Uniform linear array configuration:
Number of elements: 8
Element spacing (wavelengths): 0.5
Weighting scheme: kaiser
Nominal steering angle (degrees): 0
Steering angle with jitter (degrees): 1.192
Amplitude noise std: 0.05
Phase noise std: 0.05

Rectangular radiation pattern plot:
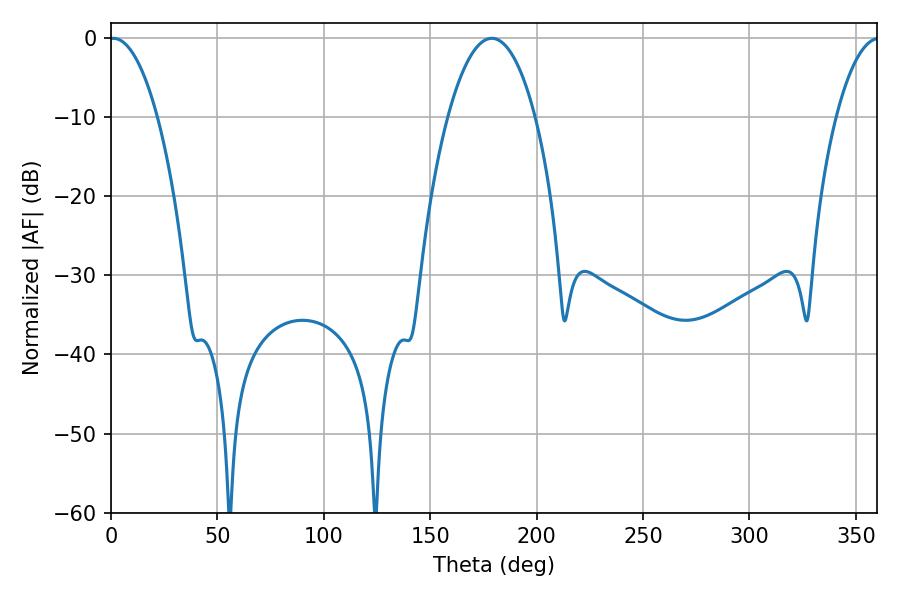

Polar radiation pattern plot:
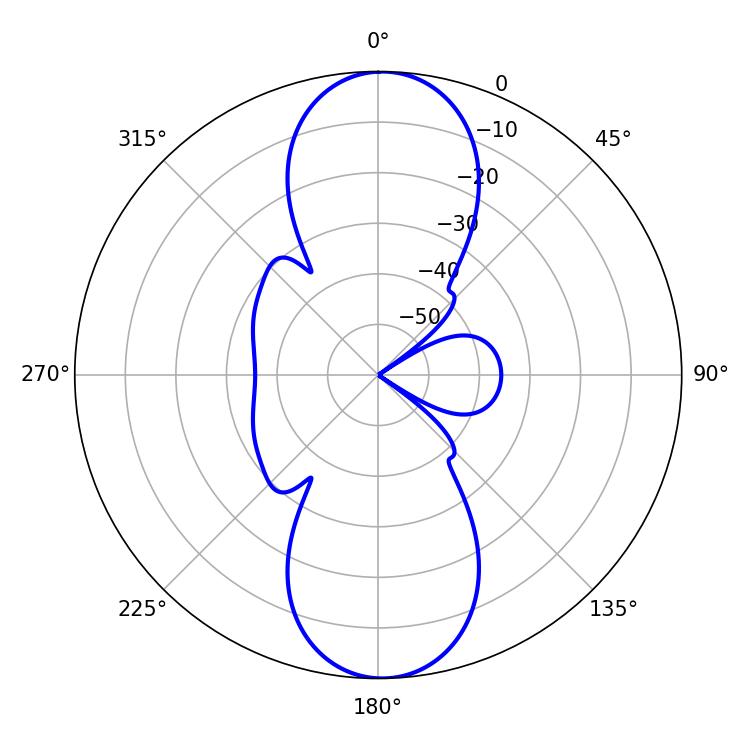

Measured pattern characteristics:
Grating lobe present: FALSE
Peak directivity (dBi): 20.793
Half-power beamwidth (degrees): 12.6
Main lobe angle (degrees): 1.08